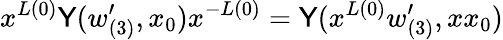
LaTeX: x^{L(0)}{\cal\mathsf{Y}}(w_{(3)}^{\prime},x_{0})x^{-L(0)}={\cal\mathsf{Y}}(x^{L(0)}w_{(3)}^{\prime},xx_{0})